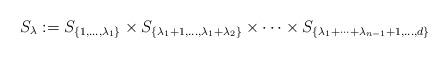
LaTeX: \begin{align*}S_{\lambda} := S_{\{1 , \ldots , \lambda_1\}} \times S_{\{\lambda_1 +1 , \ldots , \lambda_1 +\lambda_2\}}\times \cdots \times S_{\{\lambda_1 + \cdots + \lambda_{n-1} + 1 , \ldots , d \}}\end{align*}